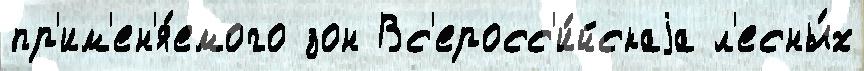
пр'им'ен'я́емого зон Вс'еросс'и́йскаjа л'есны́х